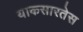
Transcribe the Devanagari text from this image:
याकसारतेस